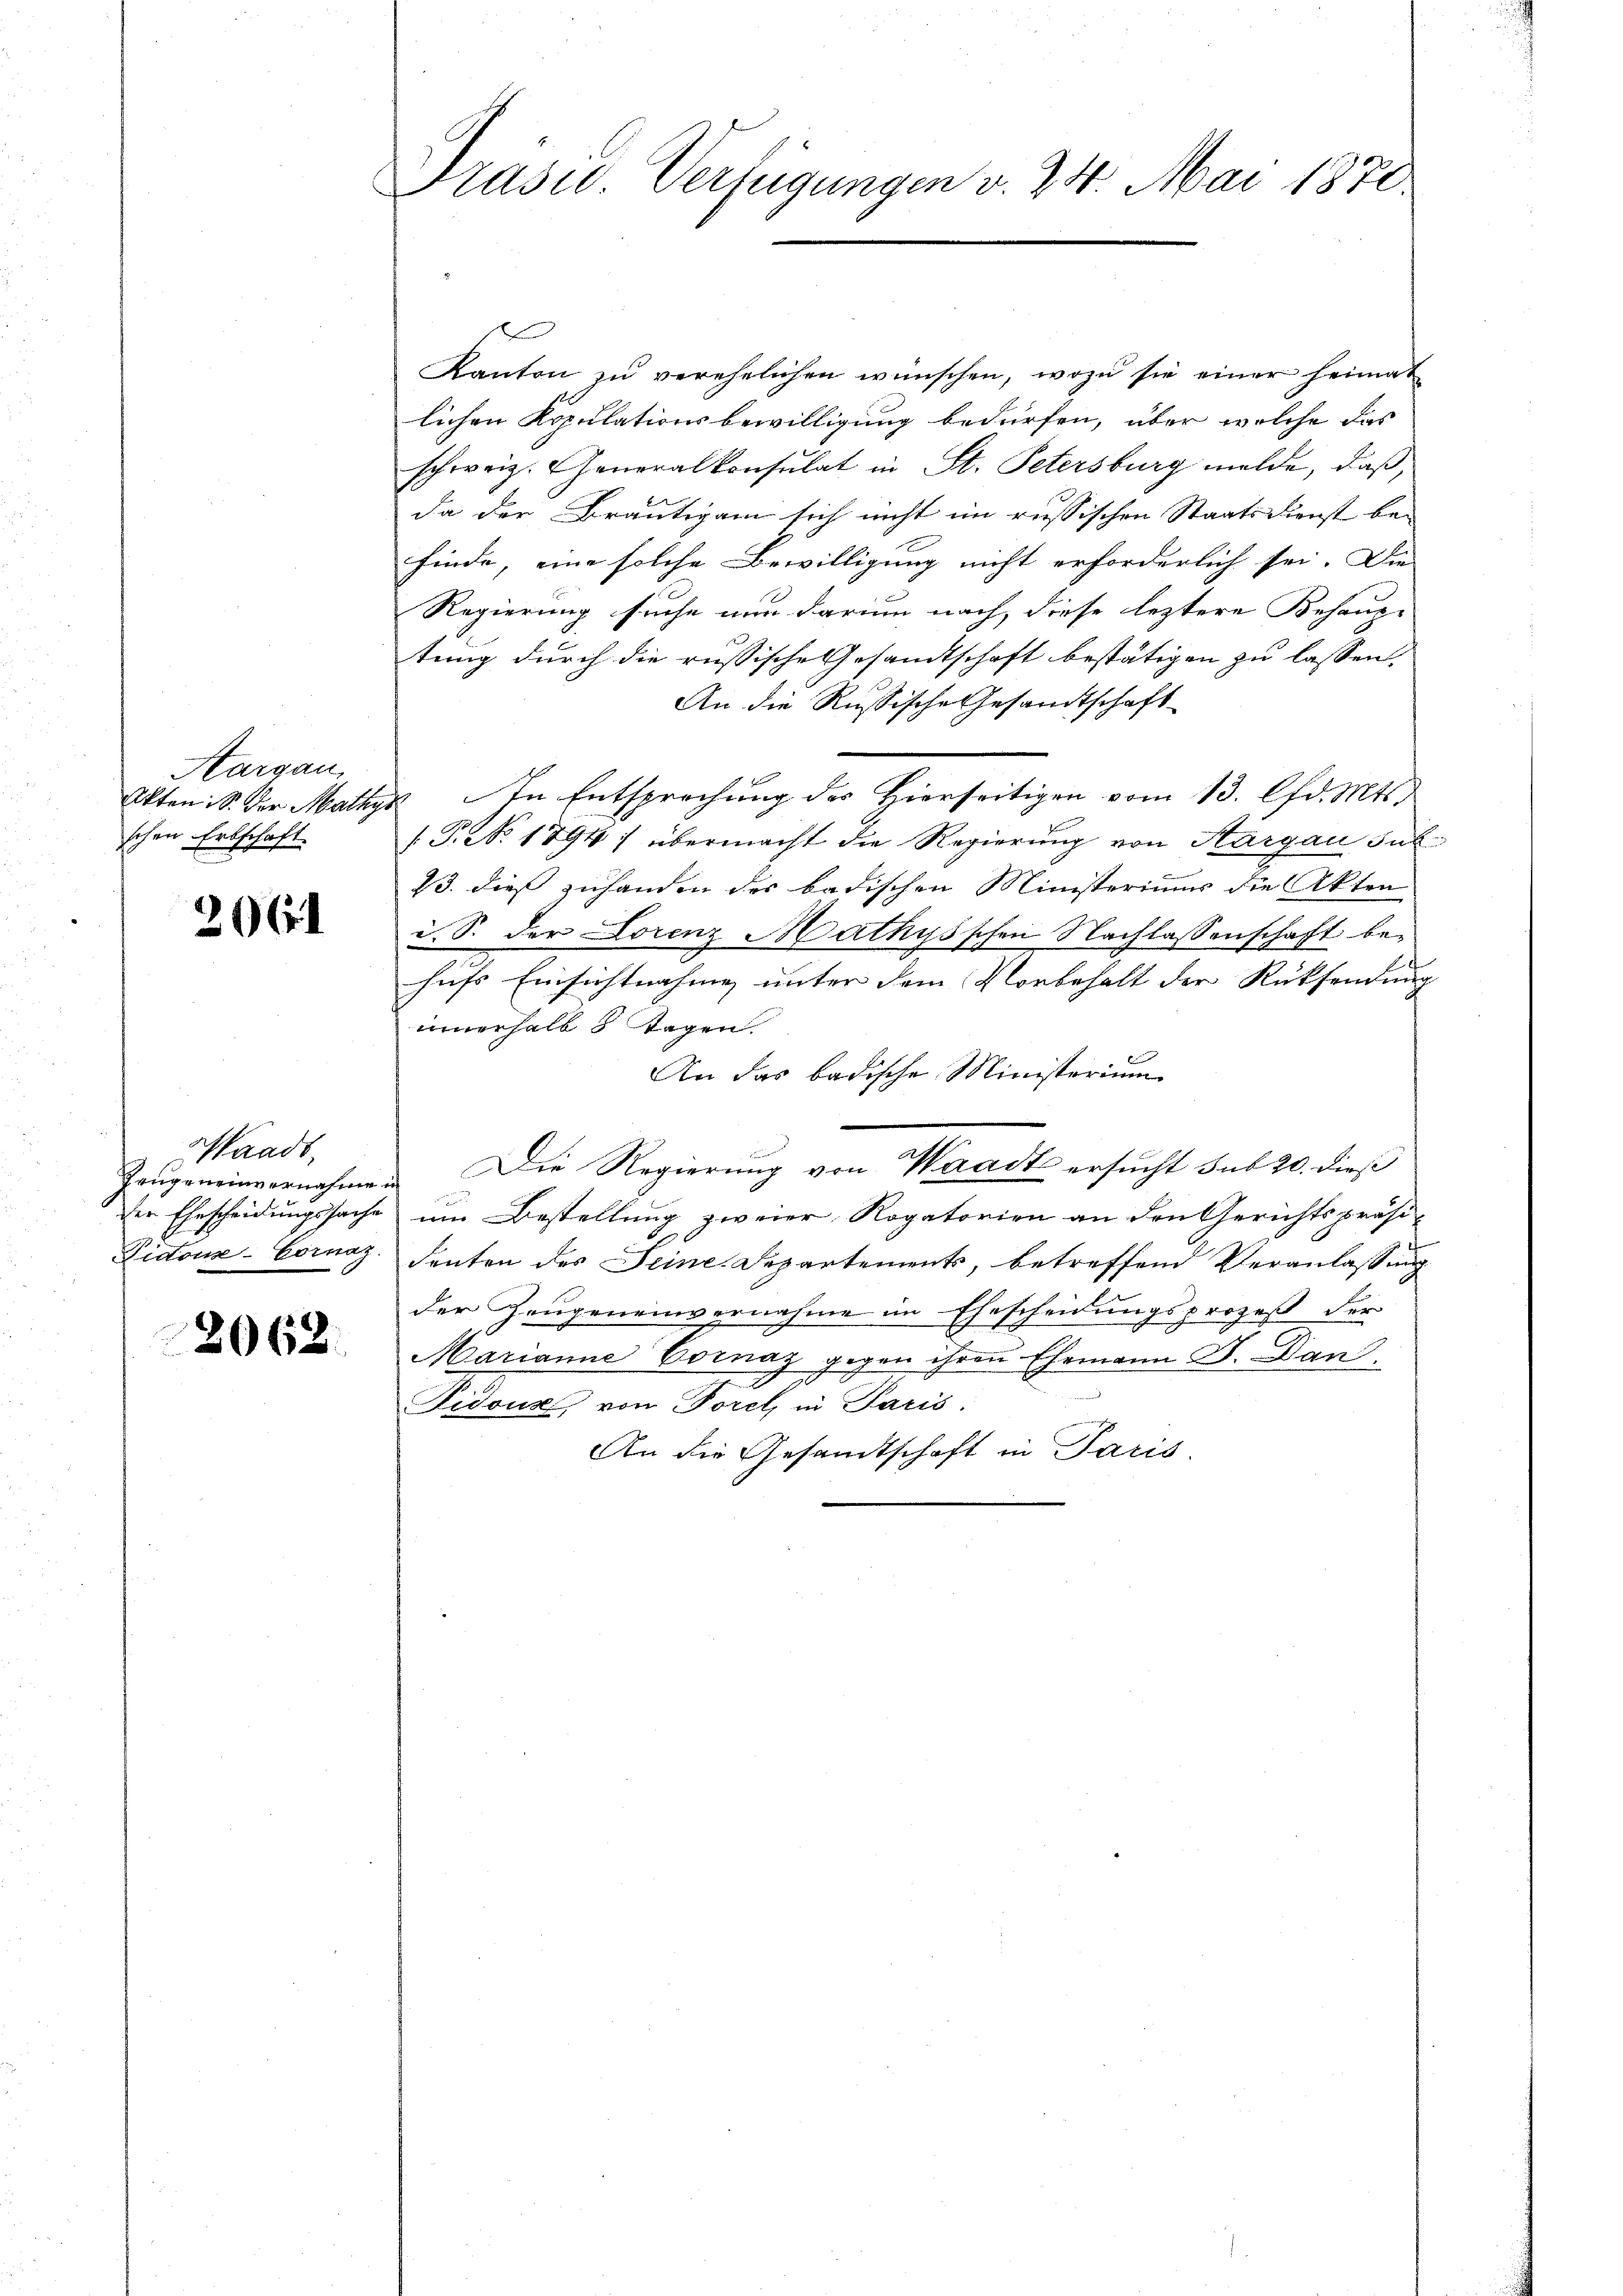
Aargau
schen Erbschaft

206

Waadt,
Prugeneinvernahme in

2062

Präsid. Verfügungen v. 24. Mai 1870

Kanton zŭ verehelichen wünschen, wozu sie einer heimat
lichen Kopulationsbewilligung bedürfen, über welche das
schweiz. Generalkonsulat in St. Petersburg melde, daß,
da der Bräutigam sich nicht im russischen Staatsdienst bei
finde, eine solche Bewilligung nicht erforderlich sei. Die
Regierung suche nun darum nach diese leztere Behaup-
tung durch die russische Gesandtschaft bestätigen zu lassen,
An die Russische Gesandtschaft
Akten: S. der Mathys in Entsprechung des Hierseitigen vom 13. lfd. Mts.
(T. No. 1894) übermacht die Regierung von Sargau sub¬
23. dieß zuhanden des badischen Ministeriums die Akten
i. S. der Lorenz Mathysschen Nachlassenschaft behufs Einsichtnahme unter dem Vorbehalt der Rücksendung
innerhalb 8 Tagen.
An das badische Ministerium
Die Regierung von Waadt ersucht sub 20. dieß
der Ehescheidungssache um Bestellung zweier Rogatorien an den Gerichtspräsi¬
Pidous-Cornaz. deuten des Seine Departements, betreffend Veranlassung
der Zeugeneinvernahme im Ehescheidungsprozeß der
Marianne Cornaz gegen ihren Ehemann D. Dan
Fidous, von Forel in Paris.
An die Gesandtschaft in Paris